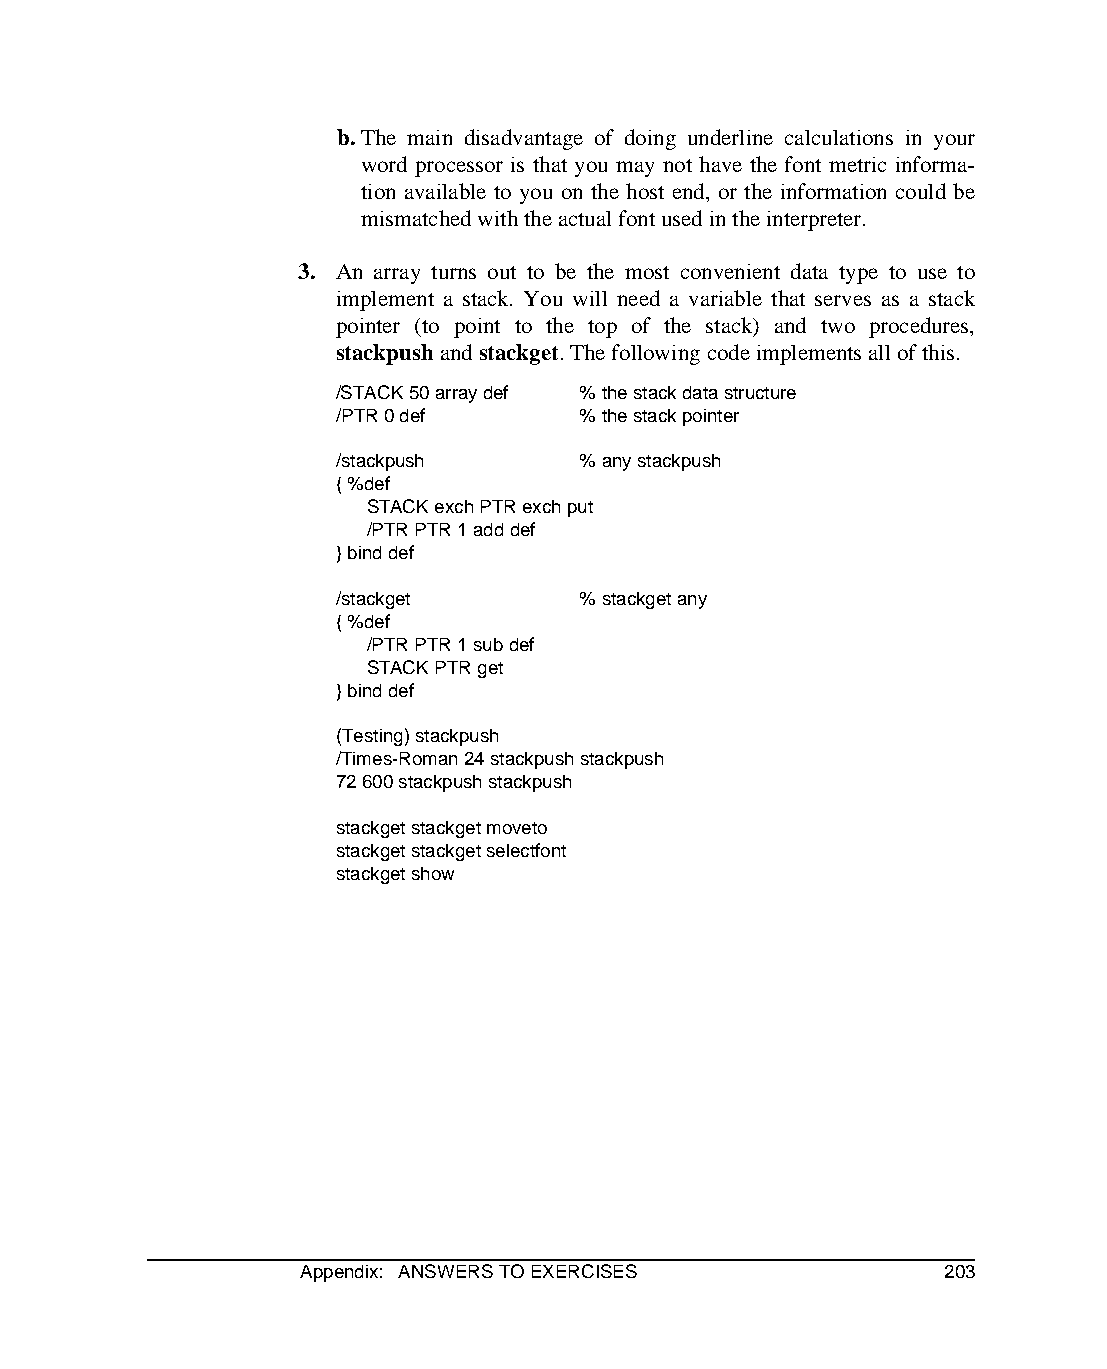
b.The main disadvantage of doing underline calculations in your
 word processor is that you may not have the font metric informa-
 tion available to you on the host end, or the information could be
 mismatched with the actual font used in the interpreter.
 3. An array turns out to be the most convenient data type to use to
 implement a stack. You will need a variable that serves as a stack
 pointer (to point to the top of the stack) and two procedures,
 stackpush and stackget. The following code implements all of this.
 /STACK 50 array def % the stack data structure
 /PTR 0 def      % the stack pointer
 /stackpush      % any stackpush
 { %def
 STACK exch PTR exch put
 /PTR PTR 1 add def
 } bind def
 /stackget       % stackget any
 { %def
 /PTR PTR 1 sub def
 STACK PTR get
 } bind def
 (Testing) stackpush
 /Times-Roman 24 stackpush stackpush
 72 600 stackpush stackpush
 stackget stackget moveto
 stackget stackget selectfont
 stackget show
 Appendix: ANSWERS TO EXERCISES            203